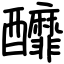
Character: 釄